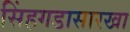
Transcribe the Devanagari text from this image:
सिंहगडासारखा